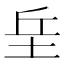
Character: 𡊣